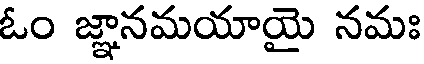
ఓం జ్ఞానమయాయై నమః